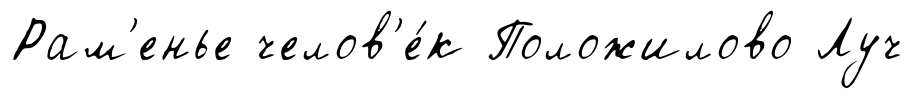
Рам'енье челов'е́к Положилово Луч